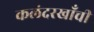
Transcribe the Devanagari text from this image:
कलंदरखाँची